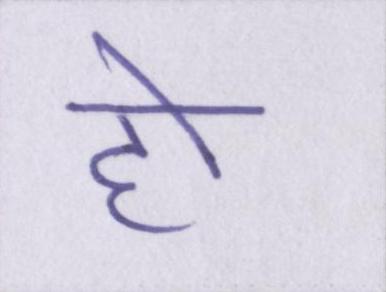
हो